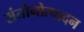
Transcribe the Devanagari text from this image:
संतोनोत्पादन